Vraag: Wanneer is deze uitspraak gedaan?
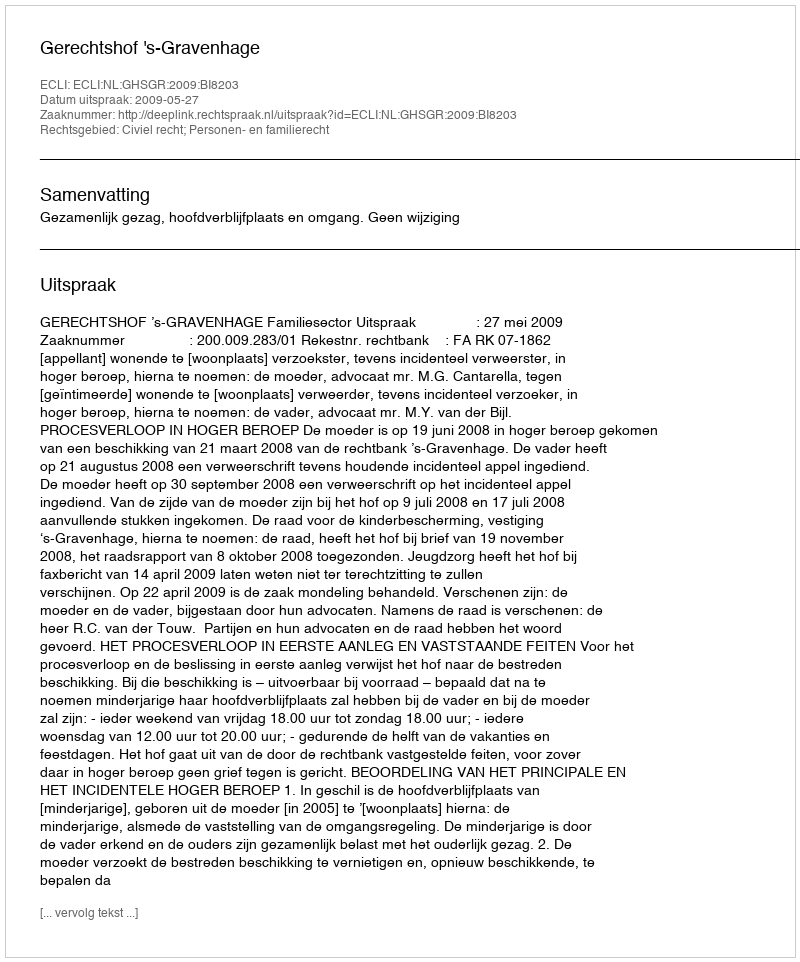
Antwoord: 2009-05-27